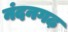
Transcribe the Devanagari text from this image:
नंदनगढ़